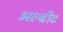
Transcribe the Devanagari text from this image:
अल्बीट